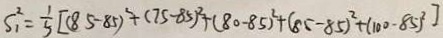
S _ { 1 } ^ { 2 } = \frac { 1 } { 5 } [ ( 8 5 - 8 5 ) ^ { 2 } + ( 7 5 - 8 5 ) ^ { 2 } + ( 8 0 - 8 5 ) ^ { 2 } + ( 8 5 - 8 5 ) ^ { 2 } + ( 1 0 0 - 8 5 ) ^ { 2 } ]